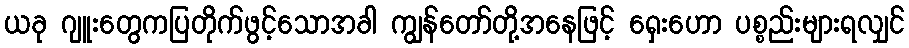
ယခု ဂျူးတွေကပြတိုက်ဖွင့်သောအခါ ကျွန်တော်တို့အနေဖြင့် ရှေးဟော ပစ္စည်းများရလျှင်